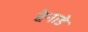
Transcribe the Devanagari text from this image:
बेनाडे